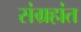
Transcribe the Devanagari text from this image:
संग्रहांत